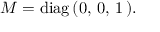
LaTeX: M = \mathrm { d i a g } \, ( 0 , \, 0 , \, 1 \, ) .